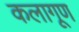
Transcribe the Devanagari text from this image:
कलागूण